Vaccination Hyderabad 1890-1903 - 1890-1903
Year: 1890
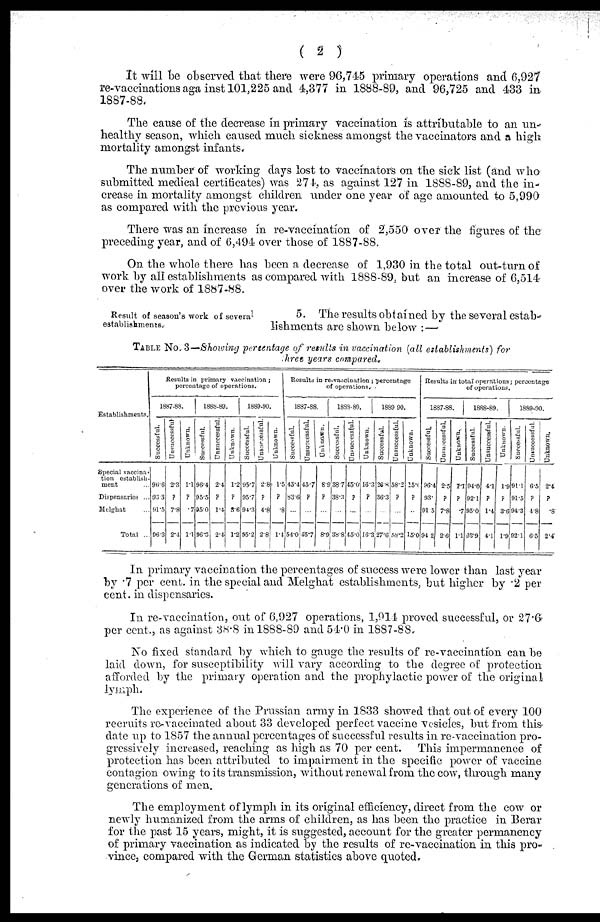
( 2 )
It will be observed that there were 96,745 primary operations and 6,927
re-vaccinations against 101,225 and 4,377 in 1888-89, and 96,725 and 433 in.
1887-88.
The cause of the decrease in primary vaccination is attributable to an "un-
healthy season, which caused much sickness amongst the vaccinators and a high
mortality amongst infants.
The number of working days lost to vaccinators on the sick list (and who
submitted medical certificates) was 274, as against 127 in 1888-89, and the in-
crease in mortality amongst children under one year of age amounted to 5,990
as compared with the previous year.
There was an increase in re-vaccination of 2,550 over the figures of the
preceding year, and of 6,494 over those of 1887-88.
On the whole there has been a decrease of 1,930 in the total out-turn of
work by all establishments as compared with 1888-89, but an increase of 6,514
over the work of 1887-88.
Result of season's work of several
establishments.
5. The results obtained by the several estab-
lishments are shown below :—
TABLE No. 3—Showing percentage of results in vaccination (all establishments) for
three years compared.
Establishments.
Special vaccina-
tion establish-
ment
Dispensaries ...
Melghat ...
Total ...
Results in primary vaccination;
percentage of operations.
1887-88.
Successful.
90.6
93.3
91.5
96.3
Unsuccessful
2.3
?
7.8
2.4
Unknown.
1.1
?
.7
1.1
1888-89.
Successful.
96.4
95.5
95.0
96.3
Unsuccessful.
2.4
?
1.4
2.4
Unknown.
1.2
?
3.6
1.2
1889-90.
Successful.
95.7
95.7
94.3
95.2
Unsuccessful.
2.8
?
4.8
2.8
Unknown.
1.5
?
.8
1.4
Results in re-vaccination ; percentage
of operations.
1887-88.
Successful.
43.4
83.6
...
54.0
Unsuccessful.
45.7
?
...
45.7
Unknown.
8.9
?
...
8.9
1888-89.
Successful.
38.7
38.3
...
38.8
Unsuccessful.
45.0
?
...
45.0
Unknown.
16.3
?
...
16.3
1889-90.
Successful.
26.8
36.3
...
27.6
Unsuccessful.
58.2
?
...
58.2
Unknown.
15.0
?
...
15.0
Results in total operations; percentage
of operations.
1887-88.
Successful
96.4
93.
91.5
94.2
Unsuccessful.
2.5
?
7.8
2.6
Unknown.
1.1
?
.7
1.1
1888-89.
Successful.
94.0
92.1
95.0
98.9
Unsuccessful.
4.1
?
1.4
4.1
Unknown.
1.9
?
3.6
1.9
1889-90.
Successful.
91.1
91.5
94.3
92.1
Unsuccessful.
6.5
?
4.8
6.5
Unknown.
2.4
?
.8
2.4
In primary vaccination the percentages of success were lower than last year
by .7 per cent. in the special and Melghat establishments, but higher by 2 per
cent. in dispensaries.
In re-vaccination, out of 6,927 operations, 1,914 proved successful, or 27.6
per cent., as against 38.8 in 1888-89 and 54.0 in 1887-88.,
No fixed standard by which to gauge the results of re-vaccination can be
laid down, for susceptibility will vary according to the degree of protection
afforded by the primary operation and the prophylactic power of the original
lymph.
The experience of the Prussian army in 1833 showed that out of every 100
recruits re-vaccinated about 33 developed perfect vaccine vesicles, but from this-
date up to 1857 the annual percentages of successful results in re-vaccination pro-
gressively increased, reaching as high as 70 per cent. This impermanence of
protection has been attributed to impairment in the specific power of vaccine
contagion owing to its transmission, without renewal from the cow, through many
generations of men.
The employment of lymph in its original efficiency, direct from the cow or
newly humanized from the arms of children, as has been the practice in Berar
for the past 15 years, might, it is suggested, account for the greater permanency
of primary vaccination as indicated by the results of re-vaccination in this pro-
vince, compared with the German statistics above quoted-